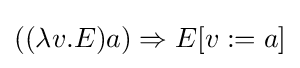
((\lambda v.E)a)\Rightarrow E[v:=a]